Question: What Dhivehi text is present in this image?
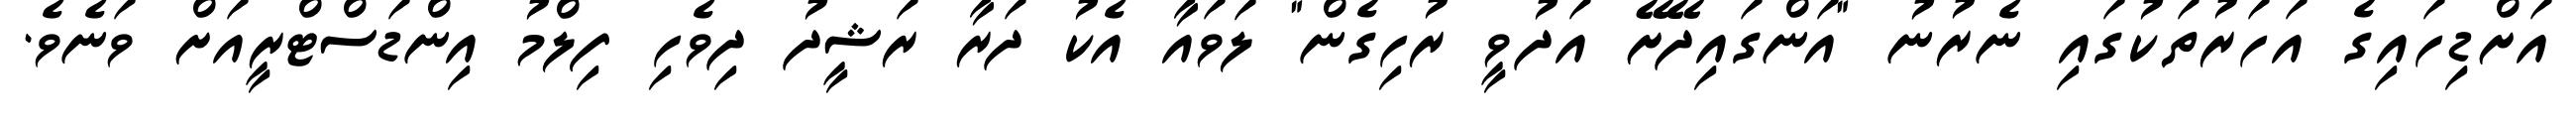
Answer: އަށްޑިހައިގެ އަހަރުތަކުގައި ނެރުނު "އަންގައިދޭށޭ އަދުވީ ރުހިގެން" ލަވައާ އެކު ދަރާ ރަޝީދު ދިވެހި ފިލްމު އިންޑަސްޓްރީއަށް ވަނެވެ.